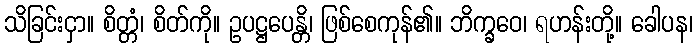
သိခြင်းငှာ။ စိတ္တံ၊ စိတ်ကို။ ဥပဋ္ဌပေန္တိ၊ ဖြစ်စေကုန်၏။ ဘိက္ခဝေ၊ ရဟန်းတို့။ ခေါပန၊